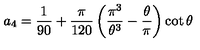
a _ { 4 } = \frac { 1 } { 9 0 } + \frac { \pi } { 1 2 0 } \left( \frac { \pi ^ { 3 } } { \theta ^ { 3 } } - \frac { \theta } { \pi } \right) \cot \theta